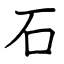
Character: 石